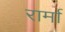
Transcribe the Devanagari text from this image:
रार्मा